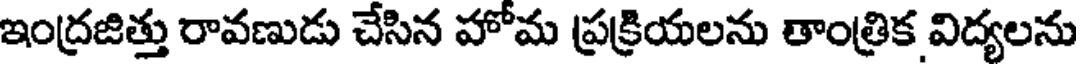
ఇంద్రజిత్తు రావణుడు చేసిన హోమ ప్రక్రియలను తాంత్రిక విద్యలను